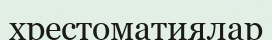
хрестоматиялар